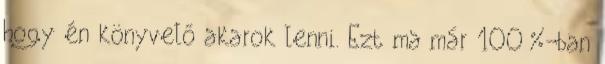
hogy én könyvelő akarok lenni. Ezt ma már 100%-ban